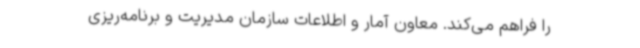
را فراهم می‌کند. معاون آمار و اطلاعات سازمان مدیریت و برنامه‌ریزی